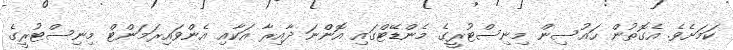
ކަމަށެވެ. އެގޮތުން ހައުސިން މިނިސްޓުރީގެ މެންޑޭޓްގައި އޮންނަ ދާއިރާ އަކާއި އެންވައިރަމަންޓް މިނިސްޓުރީގެ